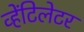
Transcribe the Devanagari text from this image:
व्हेंटिलेटर